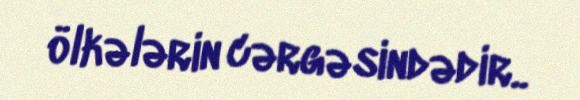
ölkələrin cərgəsindədir..